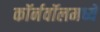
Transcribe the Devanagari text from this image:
कॉर्नवॉलमध्ये